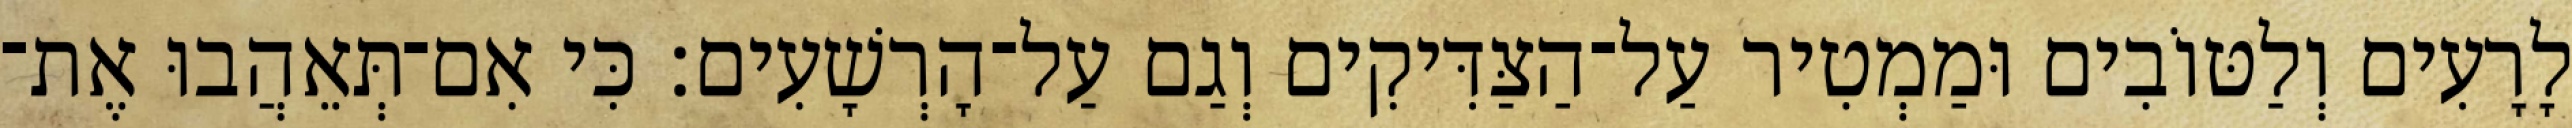
לָרָעִים וְלַטּוֹבִים וּמַמְטִיר עַל־הַצַּדִּיקִים וְגַם עַל־הָרְשָׁעִים׃ כִּי אִם־תְּאֵהֲבוּ אֶת־